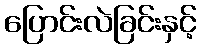
ပြောင်းလဲခြင်းနှင့်